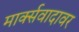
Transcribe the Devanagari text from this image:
मार्क्सवादावर